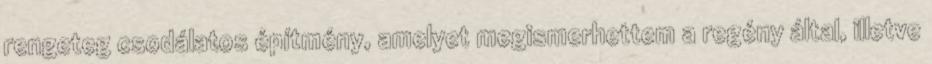
rengeteg csodálatos építmény, amelyet megismerhettem a regény által, illetve